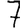
Digit: 7